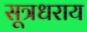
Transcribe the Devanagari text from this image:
सूत्रधराय